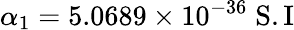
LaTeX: \alpha_{1}=5.0689\times 10^{-36}\; \mathrm{S.I}